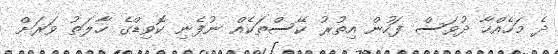
ދެ މަހެއްހާ ދުވަސް ފަހުން އިތުރު ކޭސްތަކެއް ނުފެނި ކޮވިޑްގެ ހާލަތު ވަރަށް